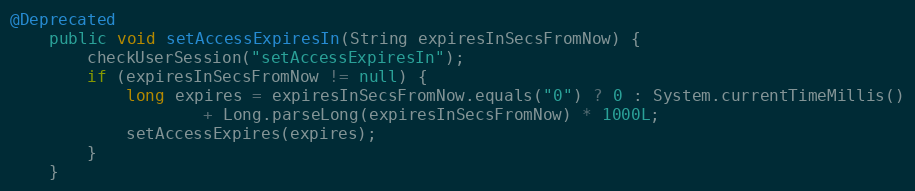
Language: Java
@Deprecated
    public void setAccessExpiresIn(String expiresInSecsFromNow) {
        checkUserSession("setAccessExpiresIn");
        if (expiresInSecsFromNow != null) {
            long expires = expiresInSecsFromNow.equals("0") ? 0 : System.currentTimeMillis()
                    + Long.parseLong(expiresInSecsFromNow) * 1000L;
            setAccessExpires(expires);
        }
    }